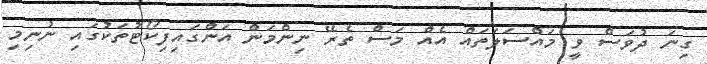
ގިނަ ދުވަސް ވީ މައްސަލަތައް އެއް މަސް ތެރޭ ނިންމަން އަންގައިފިކޯޓުތަކުގައި ނުނިމި